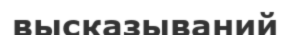
высказываний